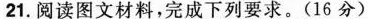
21. 阅读图文材料，完成下列要求。(16分 )